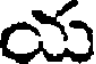
య